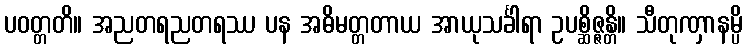
ပဝတ္တတိ။ အညတရညတရဿ ပန အဓိမတ္တတာယ အာယုသင်္ခါရာ ဥပစ္ဆိဇ္ဇန္တိ။ သီတုဏှာနမ္ပိ